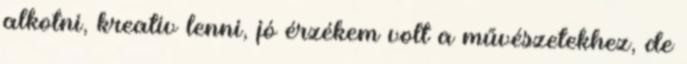
alkotni, kreatív lenni, jó érzékem volt a művészetekhez, de